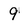
Character: 9